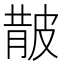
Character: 𭽬